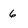
Character: 6